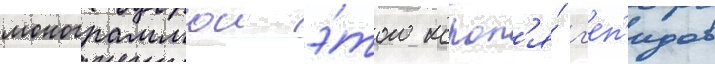
монограммои э́того корол'я́ г'еп'идов